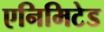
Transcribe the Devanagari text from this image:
एनिमिटेड